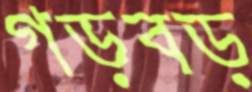
গড়বড়